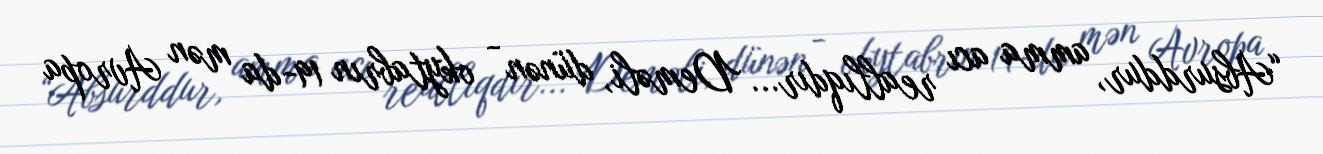
“Absurddur, amma acı reallıqdır... Deməli, dünən - okytabrın 19-da mən Avropa